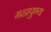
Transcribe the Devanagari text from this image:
महापुण्य